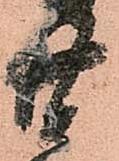
廿